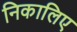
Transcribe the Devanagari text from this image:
निकालिए